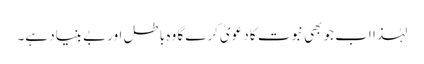
لہٰذا اب جو بھی نبوت کا دعویٰ کرے گا وہ باطل اور بے بنیاد ہے۔